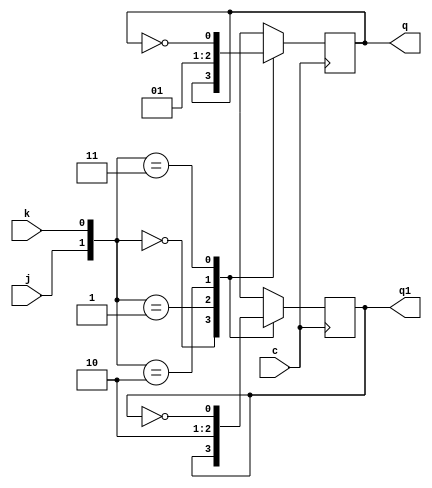
// Exercicio 003  Contador Decadino Crescente
// Nome: tila Martins Silva Jnior

module jkff(q,q1,j,k,c);
output q,q1;
input j,k,c;
reg q,q1;
initial begin q=1'b0; q1=1'b1; end
always @ (posedge c)
  begin
	case({j,k})
		 {1'b0,1'b0}:begin q=q; q1=q1; end
		 {1'b0,1'b1}: begin q=1'b0; q1=1'b1; end
		 {1'b1,1'b0}:begin q=1'b1; q1=1'b0; end
		 {1'b1,1'b1}: begin q=~q; q1=~q1; end
	endcase
   end
endmodule

module contDecadCresc(output[5:0] s, input pulse, input um);
	wire qn1, qn2, qn3, qn4, qn5;
	jkff JK00(s[5], qn5,um, um, pulse);
	jkff JK01(s[4], qn4,um, um, qn5);
	jkff JK02(s[3], qn3,um, um, qn4);
	jkff JK03(s[2], qn2,um, um, qn3);
	jkff JK04(s[1], qn1,um, um, qn2);
	jkff JK05(s[0],, um, um, qn1);
endmodule

module testContDecadCresc;
	reg pulse;
	reg um; 
	wire[5:0] s;
	
	contDecadCresc CDC(s, pulse, um);
	
	initial begin
		$display("Exercicio03 - tila Martins Silva Jnior - 449014");
		
		um = 0;
		pulse = 0;
		 
		$monitor("s: %b %b %b %b %b %b",s[0], s[1], s[2], s[3], s[4], s[5]);
		
		#4 um = 1;
		#4pulse = 1;
		#4pulse = 0;	
		#4pulse = 1;
		#4pulse = 0;	
		#4pulse = 1;
		#4pulse = 0;
		#4pulse = 1;
		#4pulse = 0;
		#4pulse = 1;
		#4pulse = 0;
		#4pulse = 1;
		#4pulse = 0;
		#4pulse = 1;
		#4pulse = 1;
		#4pulse = 0;
		#4pulse = 0;
		
	end
endmodule